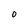
Character: O